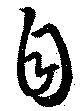
自